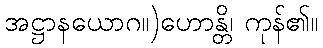
အဋ္ဌာနယောဂ။)ဟောန္တိ၊ ကုန်၏။